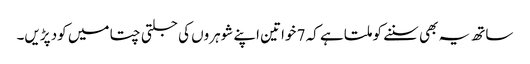
ساتھ یہ بھی سننے کو ملتا ہے کہ 7 خواتین اپنے شوہروں کی جلتی چتا میں کود پڑیں۔